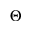
\Theta